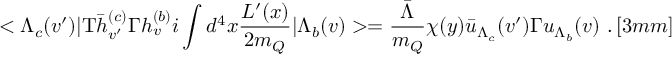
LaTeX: < \Lambda _ { c } ( v ^ { \prime } ) | \mathrm { T } \bar { h } _ { v ^ { \prime } } ^ { ( c ) } \Gamma h _ { v } ^ { ( b ) } i \int d ^ { 4 } x \frac { { \cal L } ^ { \prime } ( x ) } { 2 m _ { Q } } | \Lambda _ { b } ( v ) > = \frac { \bar { \Lambda } } { m _ { Q } } \chi ( y ) \bar { u } _ { \Lambda _ { c } } ( v ^ { \prime } ) \Gamma u _ { \Lambda _ { b } } ( v ) ~ . \, [ 3 m m ]